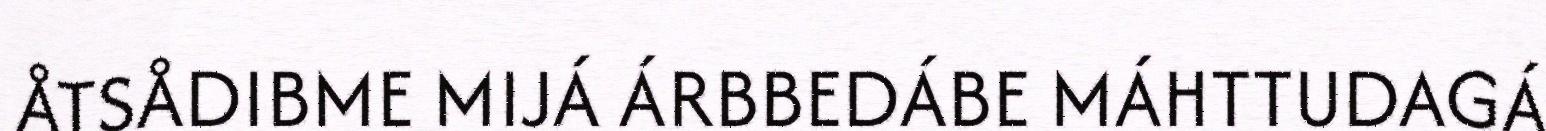
ÅTSÅDIBME MIJÁ ÁRBBEDÁBE MÁHTTUDAGÁ